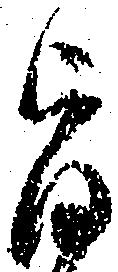
旨